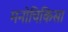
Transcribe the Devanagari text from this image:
मनोचिकिसा